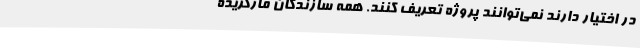
در اختیار دارند نمی‌توانند پروژه تعریف کنند. همه سازندگان مارگزیده